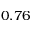
0 . 7 6